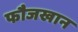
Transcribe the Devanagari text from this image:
फौजखान